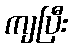
ကျပြီး